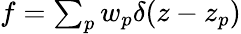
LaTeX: \begin{array}{r}{f=\sum_{p}w_{p}\delta(z-z_{p})}\end{array}